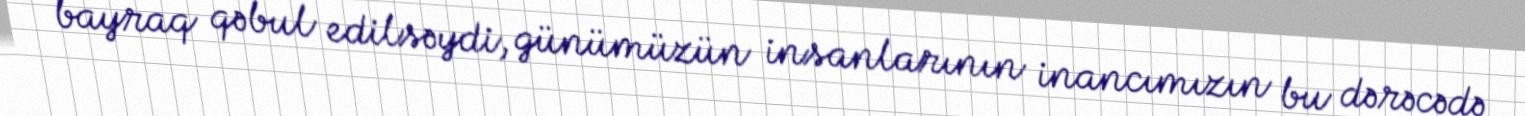
bayraq qəbul edilsəydi, günümüzün insanlarının inancımızın bu dərəcədə